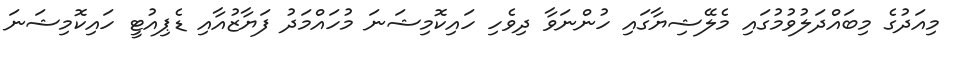
މިއަދުގެ މިބައްދަލުވުމުގައި މެލޭޝިޔާގައި ހުންނަވާ ދިވެހި ހައިކޮމިޝަނަ މުހައްމަދު ފަޔާޒުއާއި ޑެޕިއުޓީ ހައިކޮމިޝަނަ